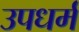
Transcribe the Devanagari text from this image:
उपधर्म